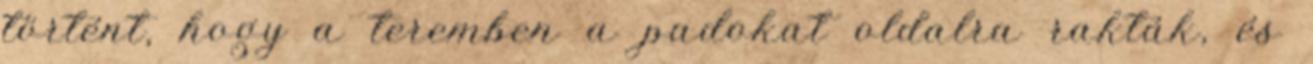
történt, hogy a teremben a padokat oldalra rakták, és